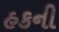
હકની